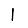
Digit: 1